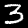
Digit: 3